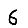
Digit: 6